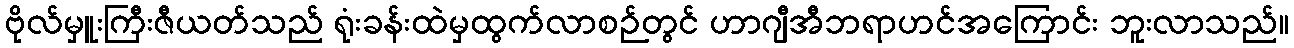
ဗိုလ်မှူးကြီးဇီယတ်သည် ရုံးခန်းထဲမှထွက်လာစဉ်တွင် ဟာဂျီအီဘရာဟင်အကြောင်း ဘူးလာသည်။